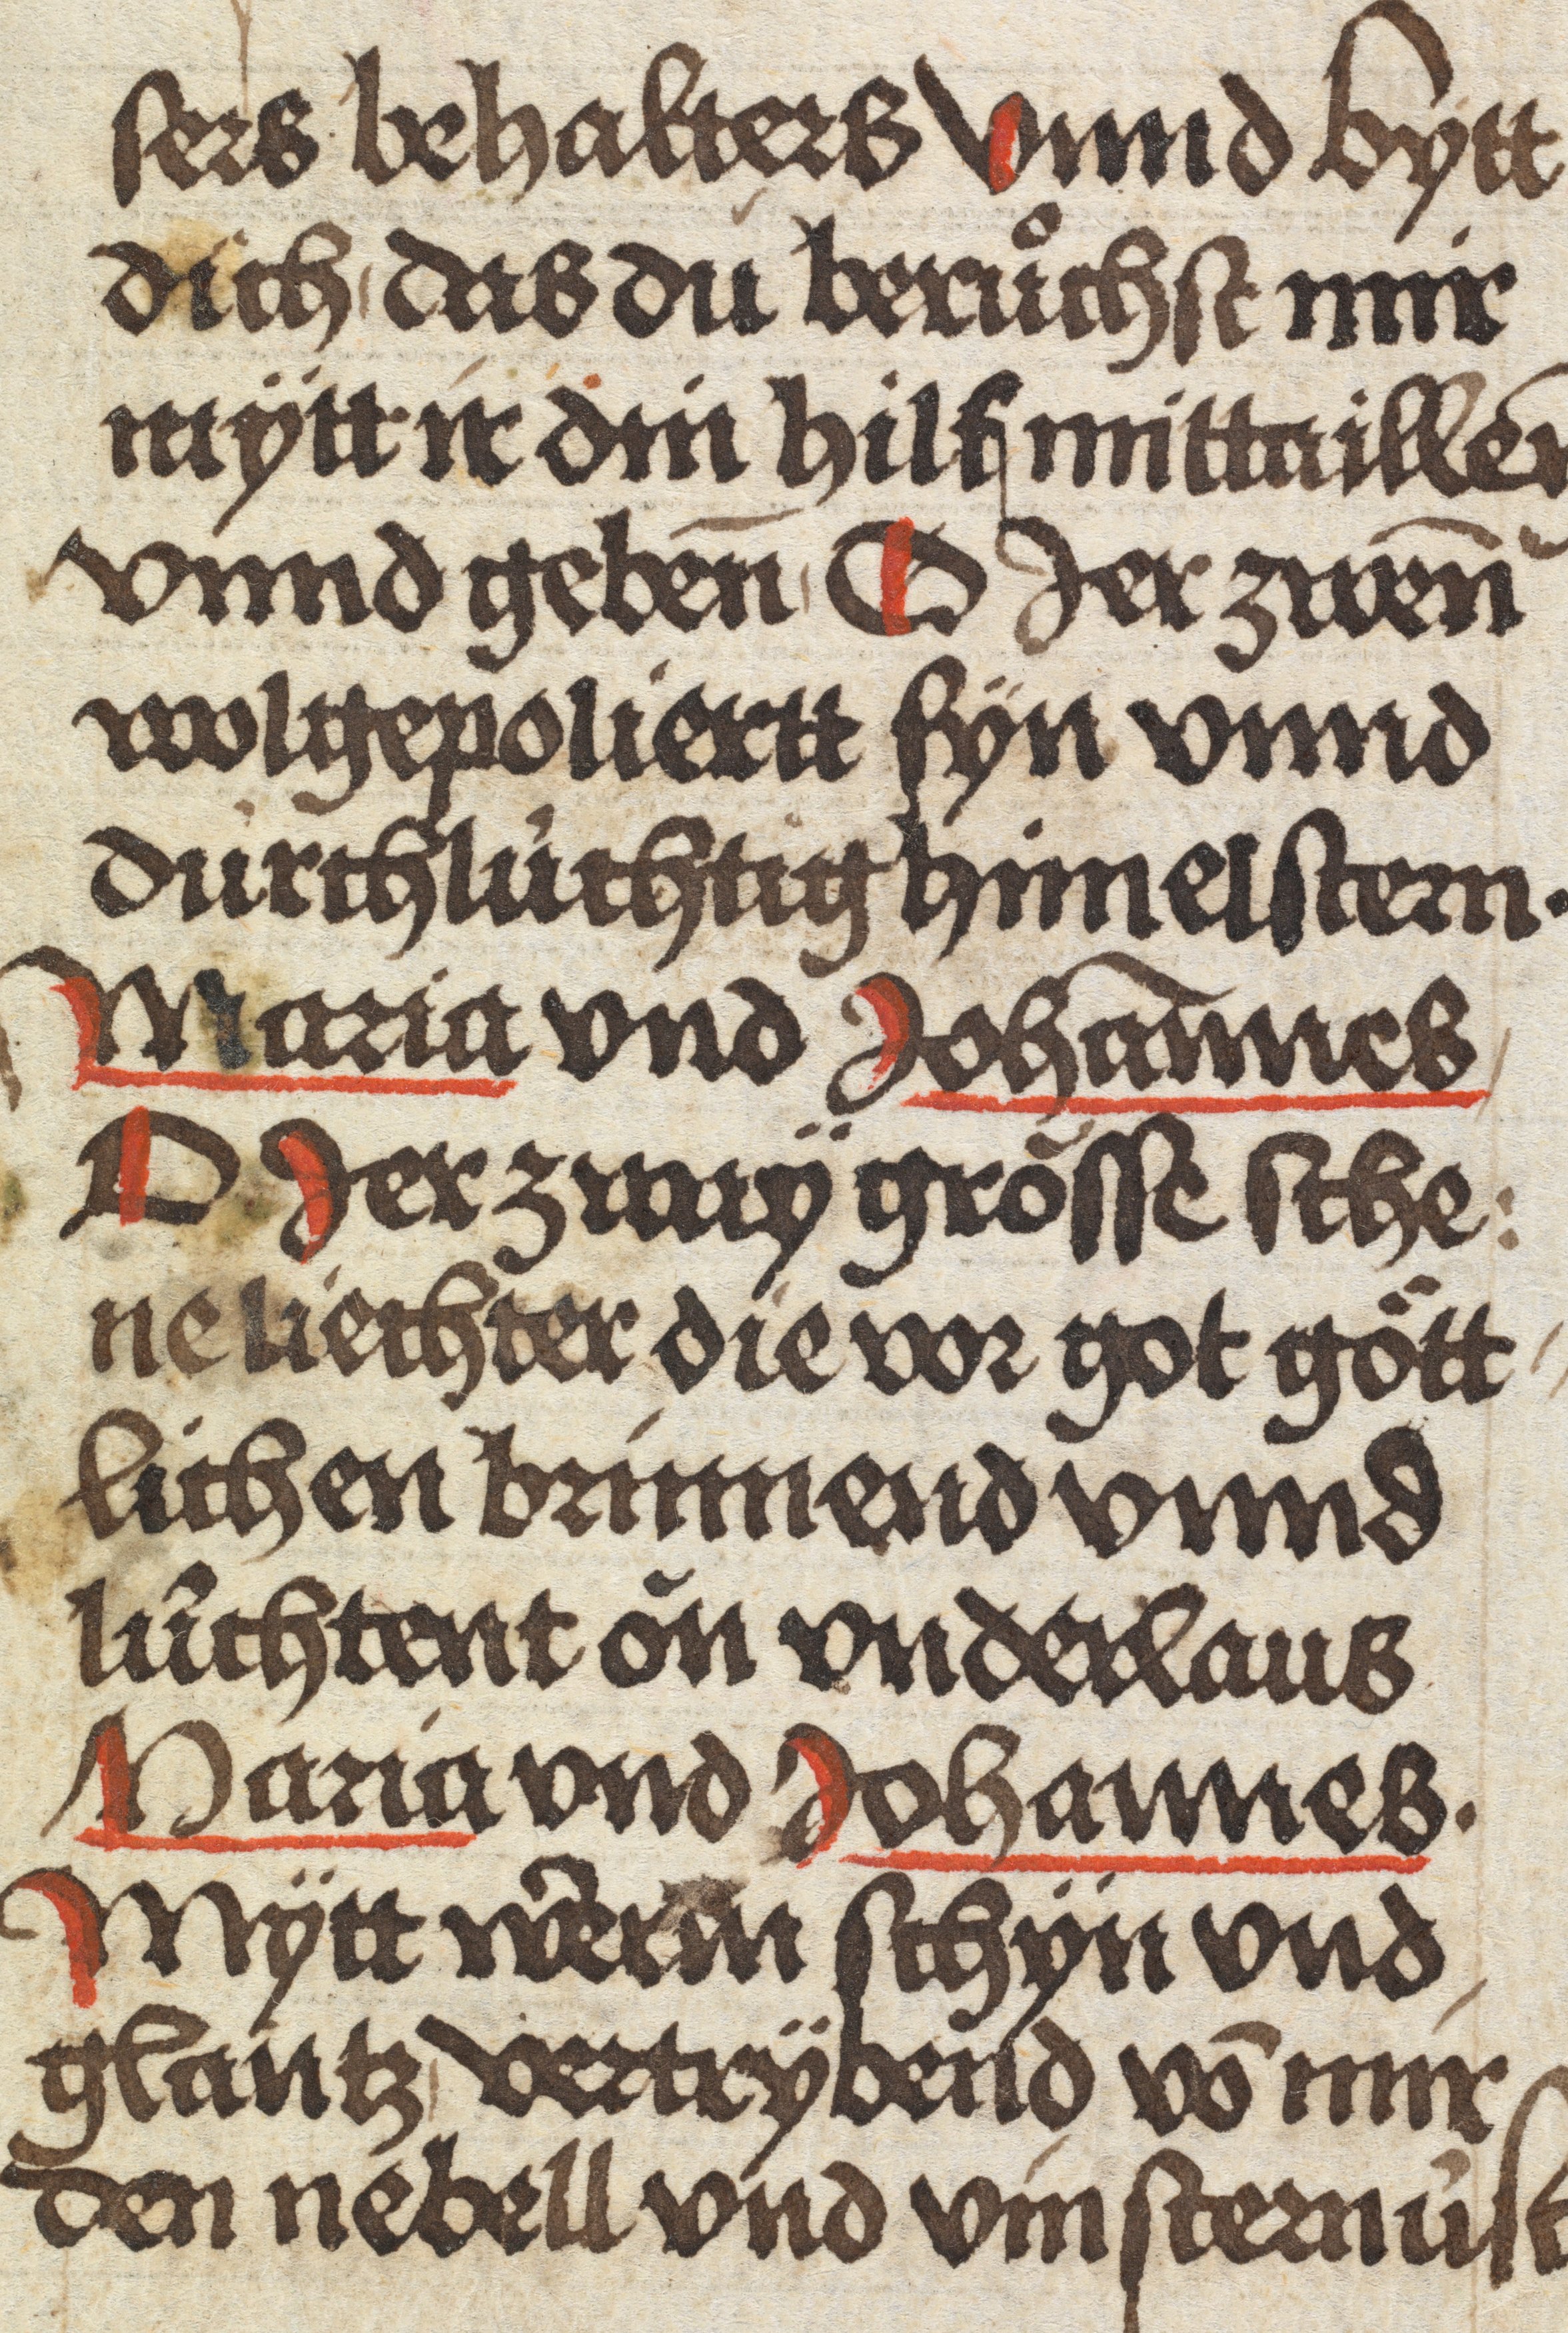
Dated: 1484–1485